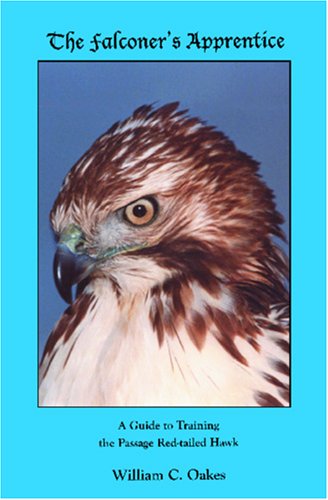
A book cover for The Falconer's Apprentice (The Falconer's Apprentice Series); William C. Oakes; Crafts, Hobbies & Home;